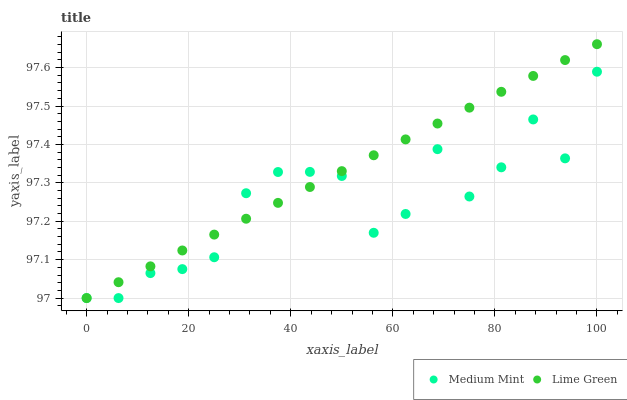
| xaxis_label | Medium Mint | Lime Green |
 | --- | --- | --- |
 | 0 | 97 | 97 |
 | 6.25 | 97 | 97 |
 | 12.5 | 97.1 | 97.1 |
 | 18.8 | 97.1 | 97.1 |
 | 25 | 97.1 | 97.2 |
 | 31.2 | 97.3 | 97.2 |
 | 37.5 | 97.3 | 97.2 |
 | 43.8 | 97.3 | 97.3 |
 | 50 | 97.3 | 97.3 |
 | 56.2 | 97.2 | 97.4 |
 | 62.5 | 97.2 | 97.4 |
 | 68.8 | 97.4 | 97.5 |
 | 75 | 97.3 | 97.5 |
 | 81.2 | 97.3 | 97.5 |
 | 87.5 | 97.5 | 97.6 |
 | 93.8 | 97.4 | 97.6 |
 | 100 | 97.6 | 97.7 |